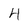
Character: 4